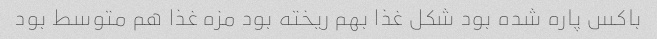
باکس پاره شده بود شکل غذا بهم ریخته بود مزه غذا هم متوسط بود